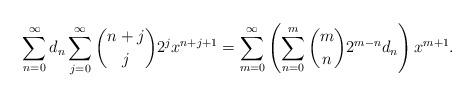
LaTeX: \begin{align*}& \sum_{n=0}^{\infty}d_{n}\sum_{j=0}^{\infty}{n+j \choose j}2^{j}x^{n+j+1}= \sum_{m=0}^{\infty}\left( \sum_{n=0}^{m}{m \choose n}2^{m-n}d_{n}\right) x^{m+1}.\end{align*}